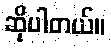
ဆိုပါတယ်။